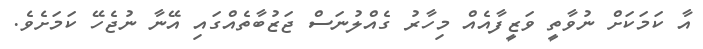
އާ ކަމަކަށް ނުވާތީ ވަޒީފާއެއް މިހާރު ގެއްލުނަސް ޖަޒުބާތެއްގައި އޭނާ ނުޖެހޭ ކަމަށެވެ.